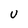
Character: U